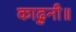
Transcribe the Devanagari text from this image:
काढुनी॥